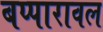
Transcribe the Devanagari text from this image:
बप्पारावल